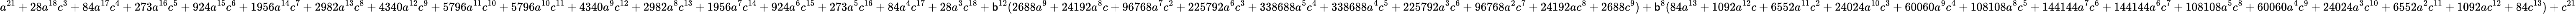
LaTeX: a^{21}+28a^{18}c^{3}+84a^{17}c^{4}+273a^{16}c^{5}+924a^{15}c^{6}+1956a^{14}c^{7}+2982a^{13}c^{8}+4340a^{12}c^{9}+5796a^{11}c^{10}+5796a^{10}c^{11}+4340a^{9}c^{12}+2982a^{8}c^{13}+1956a^{7}c^{14}+924a^{6}c^{15}+273a^{5}c^{16}+84a^{4}c^{17}+28a^{3}c^{18}+\mathsf{b}^{12}(2688a^{9}+24192a^{8}c+96768a^{7}c^{2}+225792a^{6}c^{3}+338688a^{5}c^{4}+338688a^{4}c^{5}+225792a^{3}c^{6}+96768a^{2}c^{7}+24192ac^{8}+2688c^{9})+\mathsf{b}^{8}(84a^{13}+1092a^{12}c+6552a^{11}c^{2}+24024a^{10}c^{3}+60060a^{9}c^{4}+108108a^{8}c^{5}+144144a^{7}c^{6}+144144a^{6}c^{7}+108108a^{5}c^{8}+60060a^{4}c^{9}+24024a^{3}c^{10}+6552a^{2}c^{11}+1092ac^{12}+84c^{13})+c^{21}